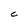
Character: C